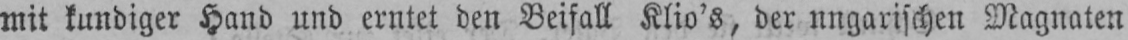
mit kundiger Hand und erntet den Beifall Klio’s, der nngarischen Magnaten